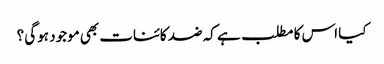
کیا اس کا مطلب ہے کہ ضد کائنات بھی موجود ہوگی ؟